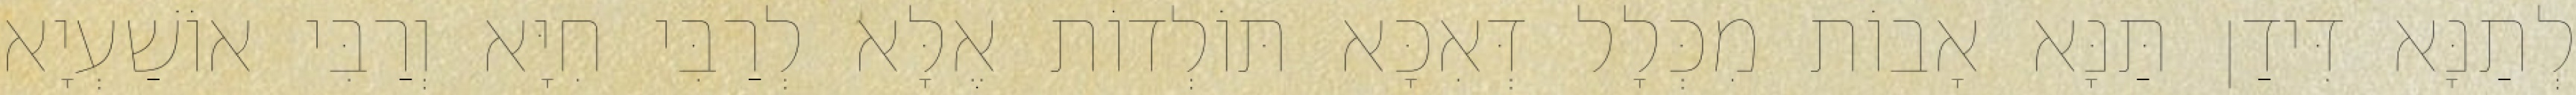
לְתַנָּא דִּידַן תַּנָּא אָבוֹת מִכְּלָל דְּאִכָּא תּוֹלְדוֹת אֶלָּא לְרַבִּי חִיָּא וְרַבִּי אוֹשַׁעְיָא